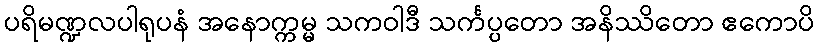
ပရိမဏ္ဍလပါရုပနံ အနောက္ကမ္မ သကဝါဒီ သင်္ကပ္ပတော အနိဿိတော ဧကောပိ